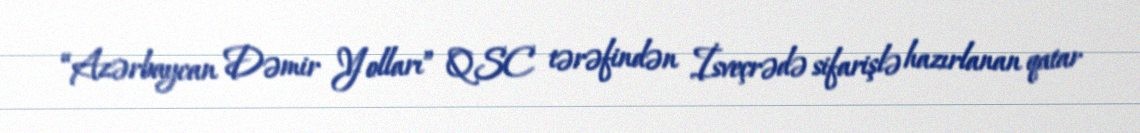
“Azərbaycan Dəmir Yolları” QSC tərəfindən İsveçrədə sifarişlə hazırlanan qatar